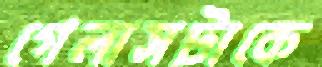
গেলাসটাকে